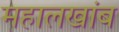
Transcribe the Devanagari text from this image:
महालखांब